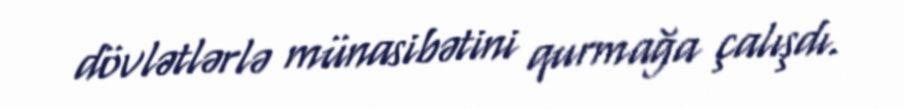
dövlətlərlə münasibətini qurmağa çalışdı.